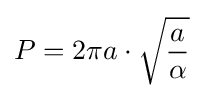
P=2\pi a\cdot {\sqrt {\frac {a}{\alpha }}}